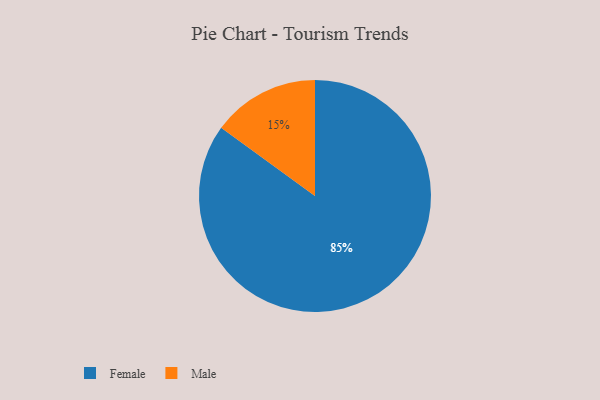
{"axis": {"x": "Category", "y": "Percentage"}, "legend": ["Female", "Male"], "data": [{"x": "Female", "y": 85, "type": "Female"}, {"x": "Male", "y": 15, "type": "Male"}]}